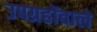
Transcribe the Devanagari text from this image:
उपग्रहोंवाले